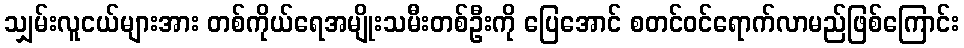
သျှမ်းလူငယ်များအား တစ်ကိုယ်ရေအမျိုးသမီးတစ်ဦးကို ပြေအောင် စတင်ဝင်ရောက်လာမည်ဖြစ်ကြောင်း